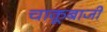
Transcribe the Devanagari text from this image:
चाकूबाजी